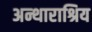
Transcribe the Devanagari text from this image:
अन्थाराश्रिय